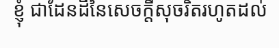
ខ្ញុំ ជាដែនដីនៃសេចក្តីសុចរិតរហូតដល់